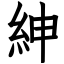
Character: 紳